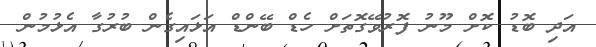
އަދި ބޮޑު ކޮށް މޫނު ފޮރުވޭގޮތަށް ހެޑް ބޭންޑް އަޅައިގެން ބުރުގާ އެޅުމުން